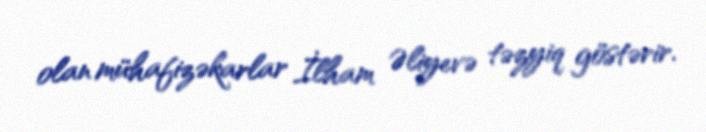
olan mühafizəkarlar İlham Əliyevə təzyiq göstərir.